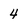
Character: 4